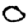
Digit: 0